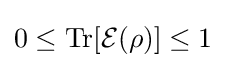
0\leq \operatorname {Tr} [{\mathcal {E}}(\rho )]\leq 1